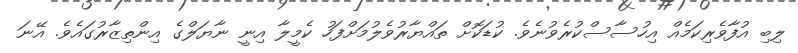
ލިބި އުފާވެރިކަމެއް އިހުސާސްކުރެވުނެވެ. ކުޑަކޮށް ތައްޔާރުވެލުމަށްފަހު ކެމީލާ އިނީ ނާޔަލްގެ އިންތިޒާރުގައެވެ. އޭނަ